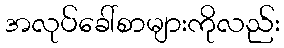
အလုပ်ခေါ်စာများကိုလည်း